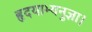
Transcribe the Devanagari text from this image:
हृदयाभ्यनुज्ञा।